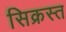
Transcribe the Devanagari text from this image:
सिक्रस्त